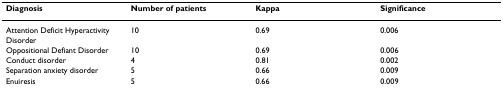
| Diagnosis | Number of patients | Kappa | Significance |
 | --- | --- | --- | --- |
 | Attention Deficit Hyperactivity Disorder | 10 | 0.69 | 0.006 |
 | Oppositional Defiant Disorder | 10 | 0.69 | 0.006 |
 | Conduct disorder | 4 | 0.81 | 0.002 |
 | Separation anxiety disorder | 5 | 0.66 | 0.009 |
 | Enuiresis | 5 | 0.66 | 0.009 |